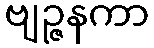
ဗျဉ္ဇနကာ